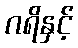
ဂရိနှင့်